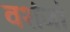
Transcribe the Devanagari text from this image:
वशंजो